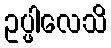
ဥပ္ဖါလေသိ